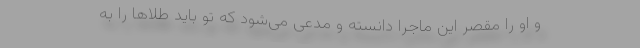
و او را مقصر این ماجرا دانسته و مدعی می‌شود که تو باید طلا‌ها را به